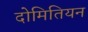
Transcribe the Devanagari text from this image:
दोमितियन